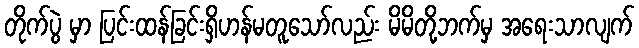
တိုက်ပွဲ မှာ ပြင်းထန်ခြင်းရှိဟန်မတူသော်လည်း မိမိတို့ဘက်မှ အရေးသာလျက်